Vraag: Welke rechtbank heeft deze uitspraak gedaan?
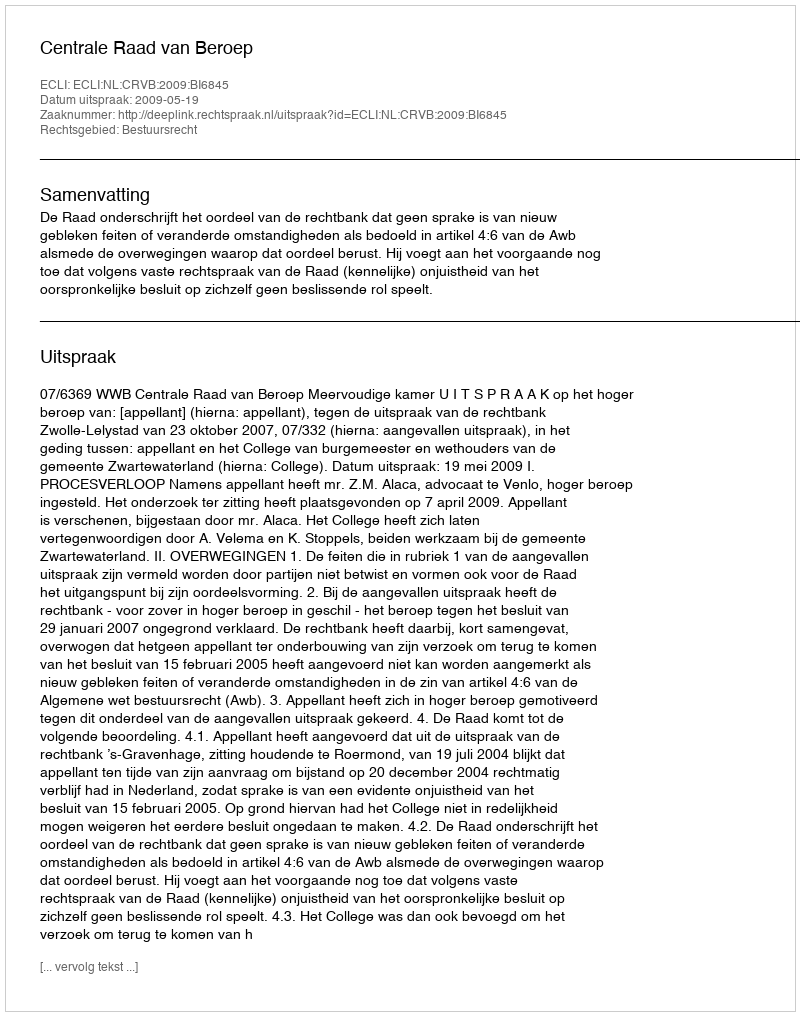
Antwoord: Centrale Raad van Beroep